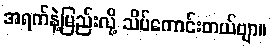
အရက်နဲ့မြည်းလို့ သိပ်ကောင်းတယ်ဗျာ။